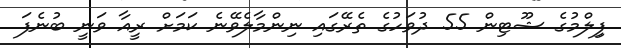
ފިިލްމުގެ ޝޫޓިން 55 ދުވަހުގެ ތެރޭގައި ނިންމާލެވޭނެ ކަމަށް ރީއާ ވަނީ ބުނެފަ